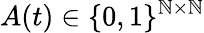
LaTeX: A(t)\in\{ 0,1\} ^{\mathbb{N}\times\mathbb{N}}